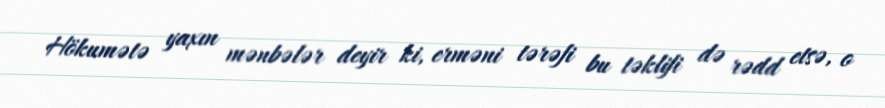
Hökumətə yaxın mənbələr deyir ki, erməni tərəfi bu təklifi də rədd etsə, o